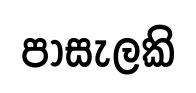
පාසැලකි